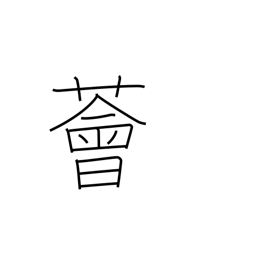
Meaning: luxuriant vegetation